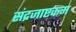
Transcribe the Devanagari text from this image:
संद्रजाष्टकम